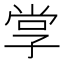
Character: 𭓋